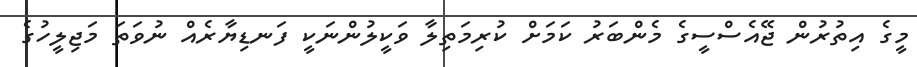
މީގެ އިތުރުން ޖޭއެސްސީގެ މެންބަރު ކަމަަށް ކުރިމަތިލާ ވަކީލުންނަކީ ފަނޑިޔާރެއް ނުވަތަ މަޖިލީހުގެ